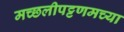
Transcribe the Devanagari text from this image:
मच्छलीपट्टणमच्या